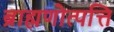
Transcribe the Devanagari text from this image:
ब्राह्मणोत्पत्ति